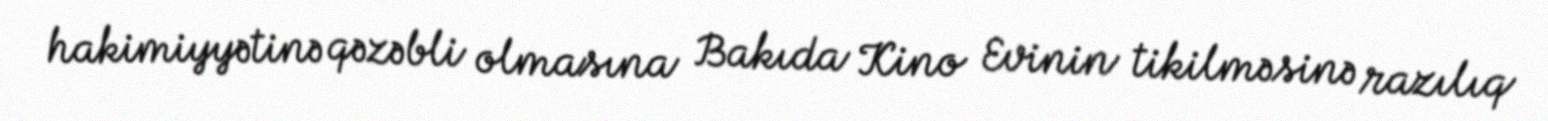
hakimiyyətinə qəzəbli olmasına Bakıda Kino Evinin tikilməsinə razılıq